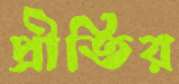
প্রীতির